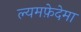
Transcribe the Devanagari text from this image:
ल्यमफ़ेदेमा